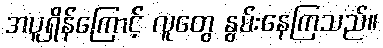
အပူရှိန်ကြောင့် လူတွေ နွမ်းနေကြသည်။